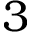
3